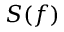
S ( f )